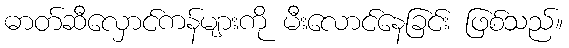
ဓာတ်ဆီလှောင်ကန်များကို မီးလောင်နေခြင်း ဖြစ်သည်။